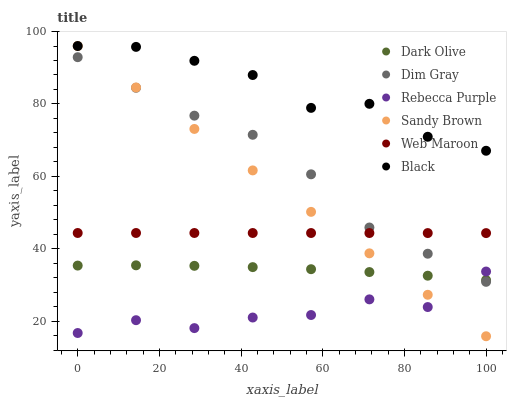
| xaxis_label | Dark Olive | Dim Gray | Rebecca Purple | Sandy Brown | Web Maroon | Black |
 | --- | --- | --- | --- | --- | --- | --- |
 | 0 | 35.4 | 92.9 | 16.7 | 96 | 44.4 | 96 |
 | 14.3 | 35.4 | 84.5 | 20.3 | 84.5 | 44.4 | 95.8 |
 | 28.6 | 35.3 | 76.8 | 18.1 | 73.1 | 44.4 | 91.9 |
 | 42.9 | 34.9 | 71.5 | 21 | 61.6 | 44.3 | 88 |
 | 57.1 | 34.4 | 60.6 | 21.7 | 50.2 | 44.3 | 78.9 |
 | 71.4 | 33.6 | 45.9 | 26 | 38.7 | 44.3 | 80 |
 | 85.7 | 32.6 | 38.6 | 23.9 | 27.3 | 44.3 | 70.9 |
 | 100 | 31.3 | 30.9 | 33.7 | 15.8 | 44.3 | 67.1 |